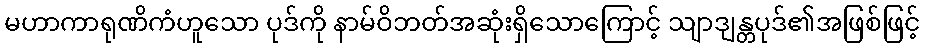
မဟာကာရုဏိကံဟူသော ပုဒ်ကို နာမ်ဝိဘတ်အဆုံးရှိသောကြောင့် သျာဒျန္တပုဒ်၏အဖြစ်ဖြင့်